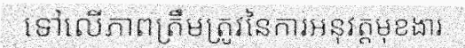
ទៅលើភាពត្រឹមត្រូវនៃការអនុវត្តមុខងារ